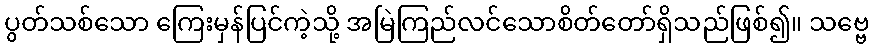
ပွတ်သစ်သော ကြေးမှန်ပြင်ကဲ့သို့ အမြဲကြည်လင်သောစိတ်တော်ရှိသည်ဖြစ်၍။ သဗ္ဗေ